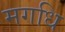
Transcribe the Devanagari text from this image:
मगधि